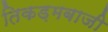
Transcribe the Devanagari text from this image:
तिकड़मबाजी